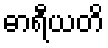
ဓာရီယတိ